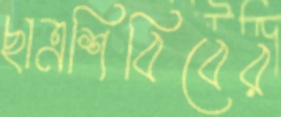
ছাত্রশিবিবের